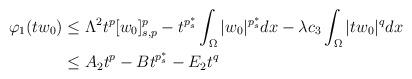
LaTeX: \begin{align*}\varphi_{1}(tw_{0})&\leq \Lambda^{2}t^{p}[w_{0}]_{s,p}^{p}-t^{p_{s}^{\ast}}\int_\Omega |w_{0}|^{p^{\ast}_{s}}dx-\lambda c_{3} \int_{\Omega}|tw_{0}|^{q} dx\\&\leq A_{2}t^{p}-Bt^{p_{s}^{\ast}}-E_{2}t^{q}\end{align*}